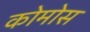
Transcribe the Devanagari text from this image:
कोमोस